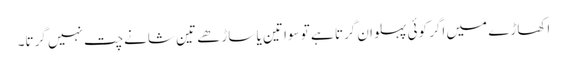
اکھاڑے میں اگر کوئی پہلوان گرتا ہے تو سوا تین یا ساڑھے تین شانے چت نہیں گرتا۔